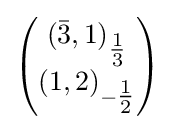
{\begin{pmatrix}({\bar {3}},1)_{\tfrac {1}{3}}\\(1,2)_{-{\tfrac {1}{2}}}\end{pmatrix}}